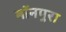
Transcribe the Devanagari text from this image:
बॉनपुरा